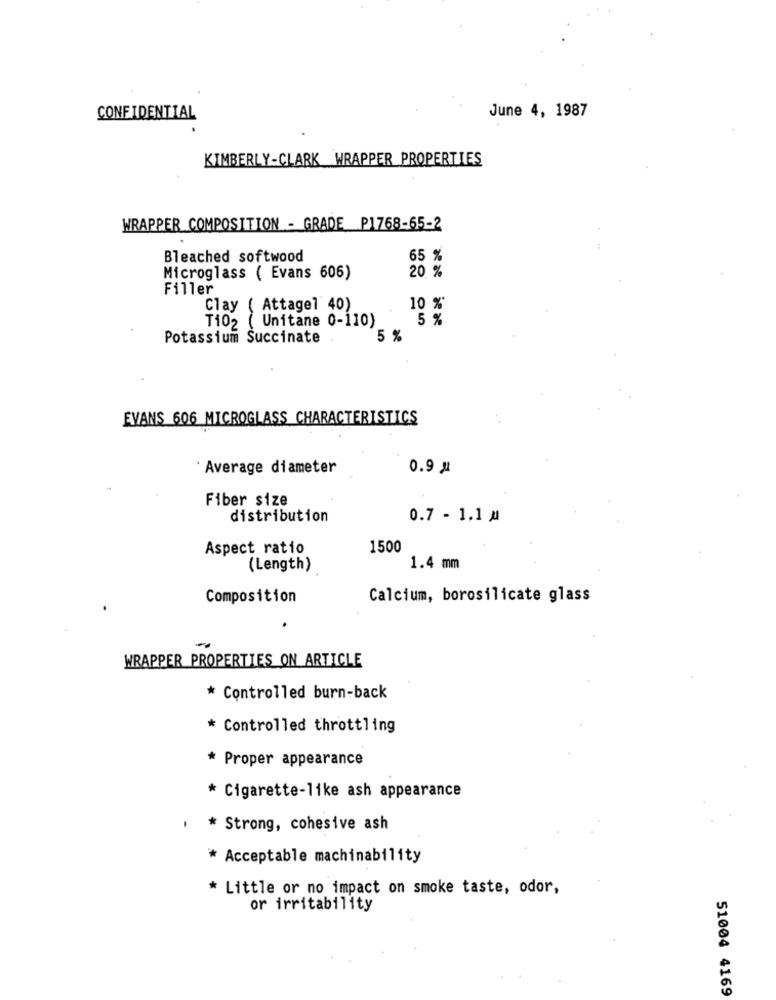
June 4, 1987
CONFIDENTIAL
KIMBERLY-CLARK WRAPPER PROPERTIES
WRAPPER COMPOSITION - GRADE P1768-65-2
Bleached softwood
65 %
Microglass ( Evans 606)
20 %
Filler
Clay ( Attagel 40)
10 %*
Ti02 ( Unitane 0-110)
5 %
Potassium Succinate
5 %
EVANS 606 MICROGLASS CHARACTERISTICS
Average diameter
0.9 #
Fiber size
distribution
0.7 - 1.1 a
Aspect ratio
1500
(Length)
1.4 mm
Composition
Calcium, borosilicate glass
WRAPPER PROPERTIES ON ARTICLE
* Controlled burn-back
* Controlled throttling
* Proper appearance
* Cigarette-like ash appearance
* Strong, cohesive ash
* Acceptable machinability
* Little or no impact on smoke taste, odor,
or irritability
51004 4169